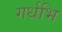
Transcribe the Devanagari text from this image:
गर्धभि